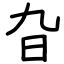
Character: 旮